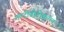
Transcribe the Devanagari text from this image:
मल्टीप्रोटोकॉल